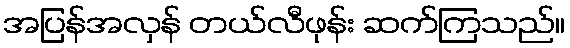
အပြန်အလှန် တယ်လီဖုန်း ဆက်ကြသည်။